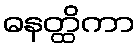
ဓနတ္ထိကာ